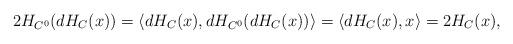
LaTeX: \begin{align*}2 H_{C^0}(dH_C(x)) = \langle dH_C(x), dH_{C^0}(dH_C(x)) \rangle = \langle dH_C(x),x \rangle = 2 H_C(x),\end{align*}